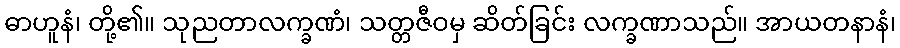
ဓာဟူနံ၊ တို့၏။ သုညတာလက္ခဏံ၊ သတ္တဇီဝမှ ဆိတ်ခြင်း လက္ခဏာသည်။ အာယတနာနံ၊